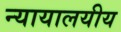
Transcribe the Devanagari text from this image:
न्यायालयीय